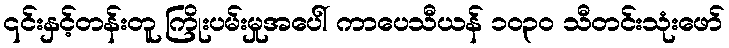
၎င်းနှင့်တန်းတူ ကြိုးပမ်းမှုအပေါ် ကာပေသီယန် ၁၀၃၀ သီတင်းသုံးဖော်